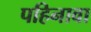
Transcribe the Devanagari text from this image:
पहिनावा